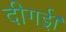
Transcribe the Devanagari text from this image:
दीगई।